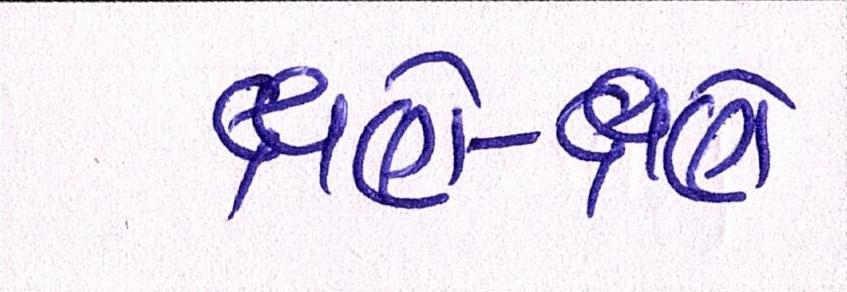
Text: ક્ષણે-ક્ષણે